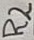
Text: R2